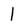
Character: 1